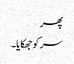
پھر
سر کو جھکایا۔